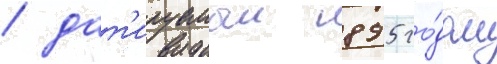
/ дат'ируемыи 895 го́дом